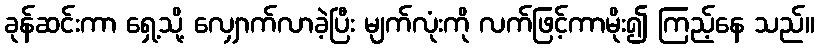
ခုန်ဆင်းကာ ရှေ့သို့ လျှောက်လာခဲ့ပြီး မျက်လုံးကို လက်ဖြင့်ကာမိုး၍ ကြည့်နေ သည်။